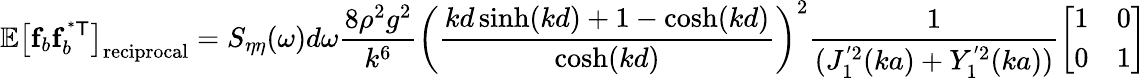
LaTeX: \mathbb{E}\left[\mathbf{f}_{b}\mathbf{f}_{b}^{\mathsf{^{*}T}}\right]_{\mathrm{reciprocal}}=S_{\eta\eta}(\omega)d\omega\frac{8\rho^{2}g^{2}}{k^{6}}\left(\frac{kd\sinh(kd)+1-\cosh(kd)}{\cosh(kd)}\right)^{2}\frac{1}{(J_{1}^{'2}(ka)+Y_{1}^{'2}(ka))}\left[\begin{array}{ll}{1}&{0}\\ {0}&{1}\end{array}\right]